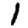
Digit: 1